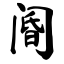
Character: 阍